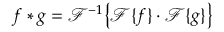
f * g = { \mathcal { F } } ^ { - 1 } { \big \{ } { \mathcal { F } } \{ f \} \cdot { \mathcal { F } } \{ g \} { \big \} }